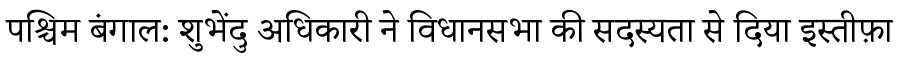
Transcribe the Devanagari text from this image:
पश्चिम बंगाल: शुभेंदु अधिकारी ने विधानसभा की सदस्यता से दिया इस्तीफ़ा